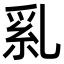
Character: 乿